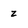
Character: z